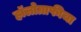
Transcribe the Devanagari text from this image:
हॉलोग्राफीचा